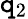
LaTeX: \mathtt{q}_{2}